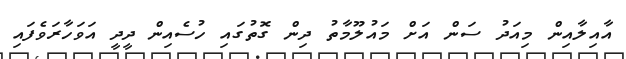
އާއިލާއިން މިއަދު ސަން އަށް މައުލޫމާތު ދިން ގޮތުގައި ހުސެއިން ދީދީ އަވަހާރަވެފައި